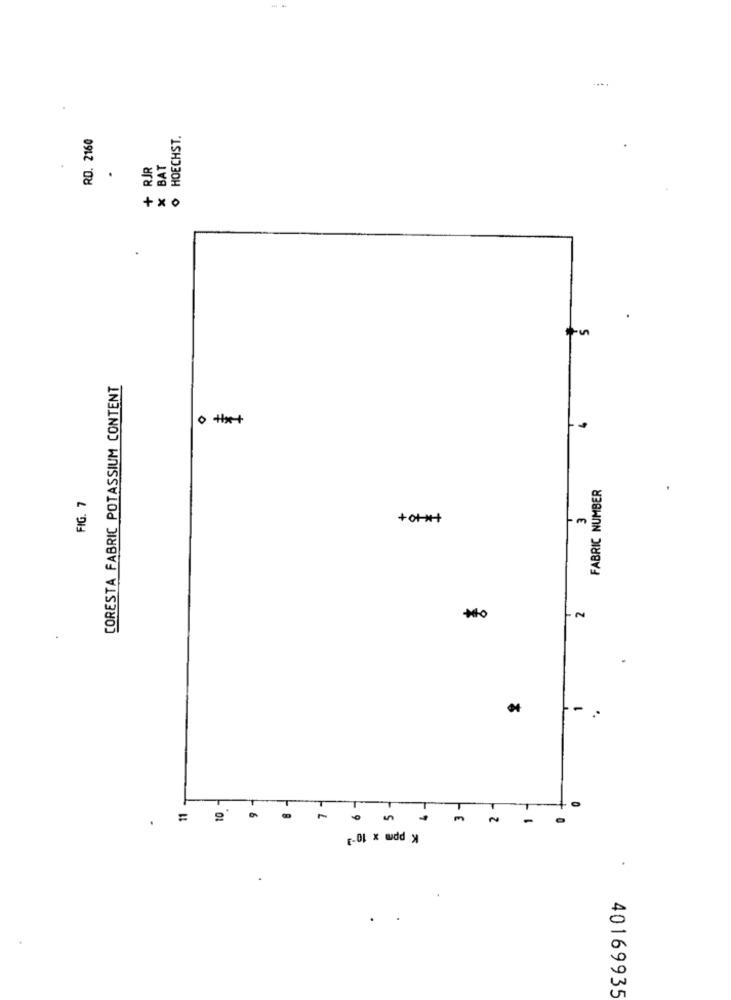
RD. 2160
HOECHST.
+ RJR
X BAT
.
CORESTA FABRIC POTASSIUM CONTENT
O
FABRIC NUMBER
FIG. 7
3
T
+
m
-
K ppm x 10-3
40169935